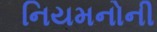
નિયમનોની